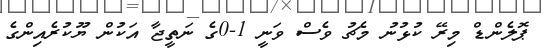
ޕޮލެންޑް މިރޭ ކުޅުނު މެޗު ވެސް ވަނީ 1-0ގެ ނަތީޖާ އަކުން ޔޫކުރެއިންގެ